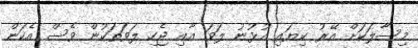
މިސާލަކަށް އޭރު ކިޔައި އުޅުނު ލަވަ އާއި ޖެހި ލަވަތަކުން ވެސް އެކަން